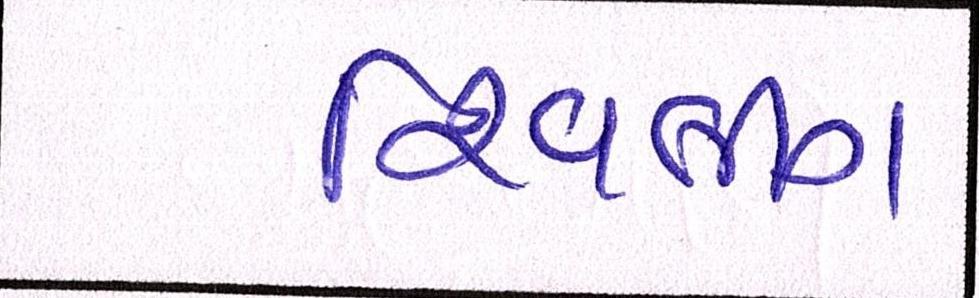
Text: શિવલીંગ